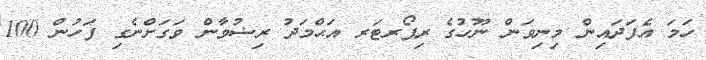
ހަމަ އެފަދައިން މިނިވަން ނޫހުގެ ރިޕޯރޓަރ އަޙްމަދު ރިޟުވާން ވަގަށްނެގި ފަހުން 100